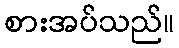
စားအပ်သည်။